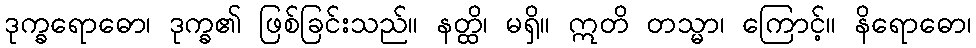
ဒုက္ခရောဓော၊ ဒုက္ခ၏ ဖြစ်ခြင်းသည်။ နတ္ထိ၊ မရှိ။ ဣတိ တသ္မာ၊ ကြောင့်။ နိရောဓော၊